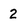
Character: 2